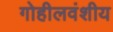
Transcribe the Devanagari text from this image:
गोहीलवंशीय